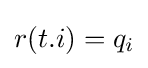
r(t.i)=q_{i}